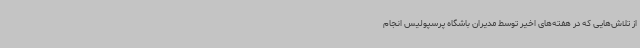
از تلاش‌هایی که در هفته‌های اخیر توسط مدیران باشگاه پرسپولیس انجام